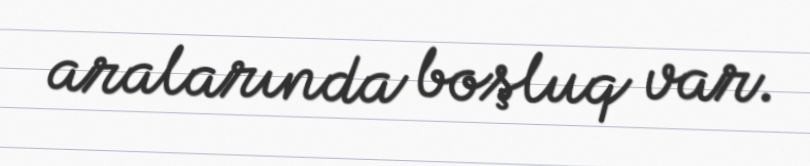
aralarında boşluq var.